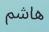
هاشم